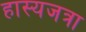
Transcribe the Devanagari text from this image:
हास्यजत्रा